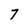
Character: 7